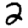
Digit: 2